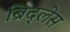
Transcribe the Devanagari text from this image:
ब्रिद्लेस